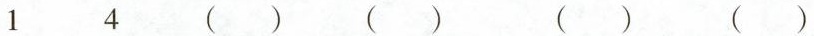
1 4 () () ()()